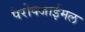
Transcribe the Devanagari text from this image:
पैरोक्जाईमल